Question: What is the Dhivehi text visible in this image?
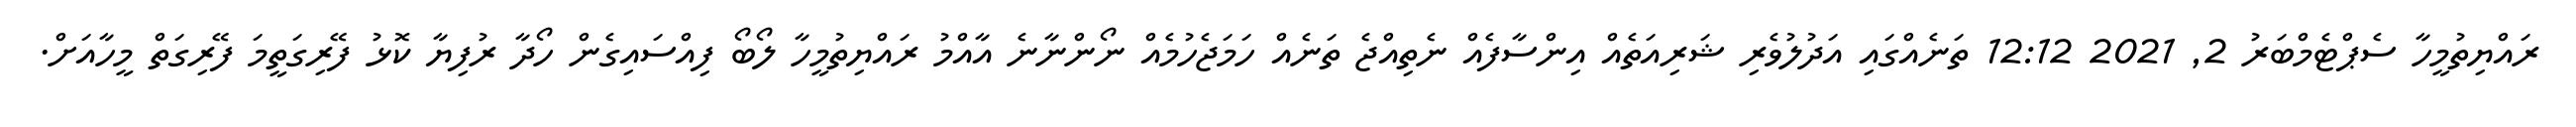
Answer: ރައްޔިތުމީހާ ސެޕްޓެމްބަރު 2, 2021 12:12 ތަނެއްގައި އަދުލުވެރި ޝަރިއަތެއް އިންސާފެއް ނެތިއްޖެ ތަނެއް ހަމަޖެހުމެއް ނޯންނާނެ އާއްމު ރައްޔިތުމީހާ ލޯބޯ ފިއްސައިގެން ހޯދާ ރުފިޔާ ކޮޅު ފޭރިގަތީމަ ފޭރިގަތް މީހާއަށް.